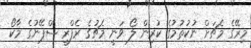
މިރޭގެ މެޗަށް ނުކުތުމުގެ ކުރިން ލޯ ވަނީ މެޗުގެ ރެފްރީ ސްޕޭނުގެ މާކޯ